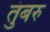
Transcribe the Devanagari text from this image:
तुंबरु